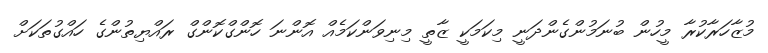
މުޒާހަރާކުރާ މީހުން ބުނަމުންގެންދަނީ މިކަމަކީ ޒާތީ މިނިވަންކަމެއް އޮންނަ ހޮންގްކޮންގް ރައްޔިތުންގެ ހައްގުތަކަށް